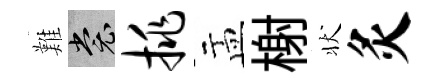
難裳挑盂榭状灸